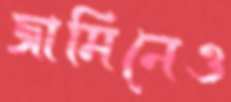
জামিনেও